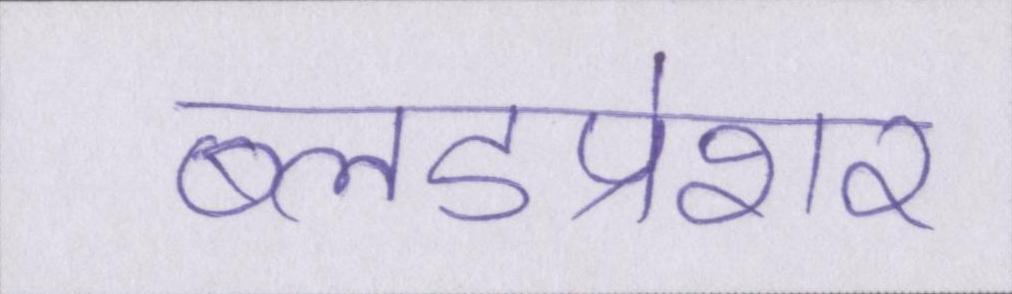
ब्लडप्रेशर